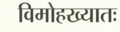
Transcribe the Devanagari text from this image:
विमोहख्यातः